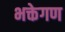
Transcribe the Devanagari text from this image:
भक्तेगण